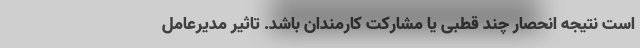
است نتیجه انحصار چند قطبی یا مشارکت کارمندان باشد. تاثیر مدیر‌عامل